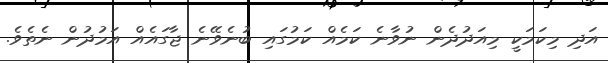
އަދި މިކަމަކީ މިއަދުދެން ނުވާނެ ކަމެއް ކަމުގައި ބުނެވޭނެ ޖާގައެއް އަމުދުން ނެތެވެ.